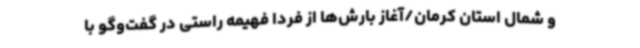
و شمال استان کرمان/آغاز بارش‌ها از فردا فهیمه راستی در گفت‌وگو با